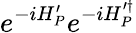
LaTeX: e^{-iH_{P}^{\prime}}e^{-iH_{P}^{\prime\dagger}}